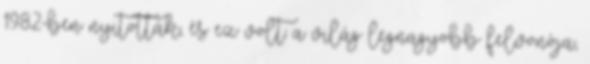
1982-ben nyitották, és ez volt a világ legnagyobb felvonója,